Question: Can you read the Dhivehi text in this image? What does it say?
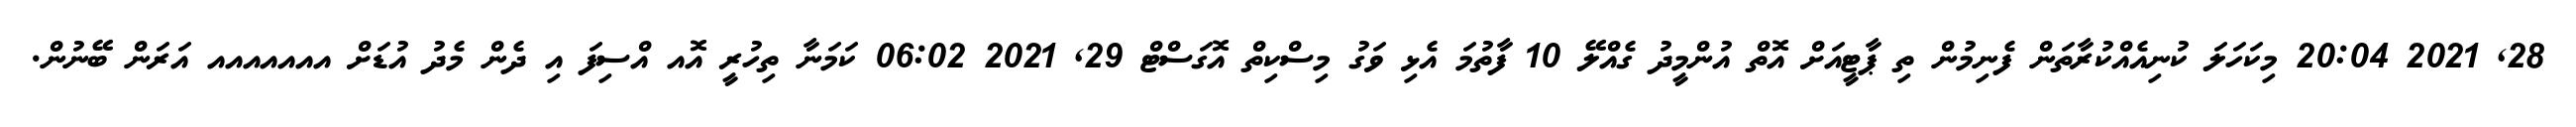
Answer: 28, 2021 20:04 މިކަހަލަ ކުނިއެއްކުރާތަން ފެނިމުން ތި ޕާޓީއަށް އޮތް އުންމީދު ގެއްލޭ 10 ފާތުމަ އެޅި ވަގު މިސްކިތް އޮގަސްޓް 29, 2021 06:02 ކަމަނާ ތިހުރީ އޮއ އްސިފަ އި ދެން މެދު އުޑަށް އއއއއއއ އަރަން ބޭނުން.